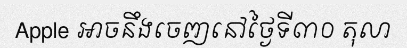
Apple អាចនឹងចេញនៅថ្ងៃទី៣០ តុលា